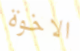
الاخوة